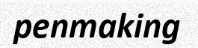
penmaking